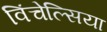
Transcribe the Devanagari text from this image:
विंचेल्सिया